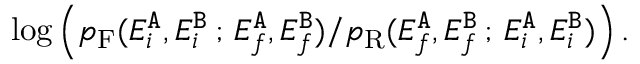
\begin{array} { r } { \log \left( p _ { \mathrm { F } } ( E _ { i } ^ { { \tt A } } , E _ { i } ^ { { \tt B } } \, ; \, E _ { f } ^ { { \tt A } } , E _ { f } ^ { { \tt B } } ) / p _ { \mathrm { R } } ( E _ { f } ^ { { \tt A } } , E _ { f } ^ { { \tt B } } \, ; \, E _ { i } ^ { { \tt A } } , E _ { i } ^ { { \tt B } } ) \right) . } \end{array}